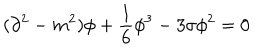
( \partial ^ { 2 } - m ^ { 2 } ) \phi + \frac { 1 } { 6 } \phi ^ { 3 } - 3 \sigma \phi ^ { 2 } = 0